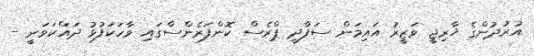
އުރުދުންގެ ޚާރިޖީ ވަޒީރު އައިމަން ސަފާދީ ޕްރެސް ކޮންފަރެންސްގައި ވާހަކަފުޅު ދައްކަވަނީ -